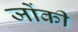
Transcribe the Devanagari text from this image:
जोंकी